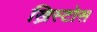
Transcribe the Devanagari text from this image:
ख्रिस्टोस